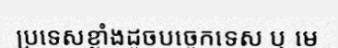
ប្រទេសខ្លាំងដូចបច្ចេកទេស ឬ មេ